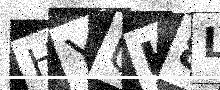
Text: HYUH8L